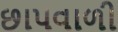
છાપવાળી